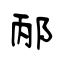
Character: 邴